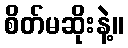
စိတ်မဆိုးနဲ့။